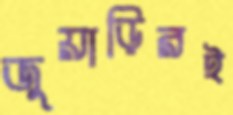
জুয়াড়িরই